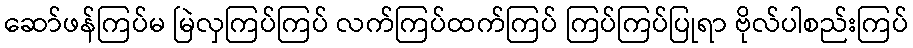
ဆော်ဖန်ကြပ်မ မြဲလှကြပ်ကြပ် လက်ကြပ်ထက်ကြပ် ကြပ်ကြပ်ပြုရာ ဗိုလ်ပါစည်းကြပ်